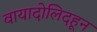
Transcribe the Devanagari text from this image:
वायादोलिदहून